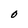
Character: O